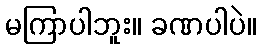
မကြာပါဘူး။ ခဏပါပဲ။